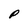
Character: P